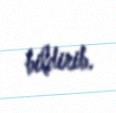
bildirib.